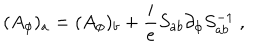
LaTeX: ( A _ { \phi } ) _ { a } = ( A _ { \phi } ) _ { b } + \frac i e S _ { a b } \partial _ { \phi } S _ { a b } ^ { - 1 } \ ,